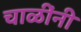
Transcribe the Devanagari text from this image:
चाळींनी